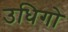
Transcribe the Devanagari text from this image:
उधिगो